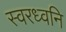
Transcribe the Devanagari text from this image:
स्वरध्वनि